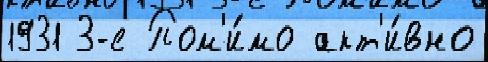
1931 3-е Пом'и́мо акт'и́вно